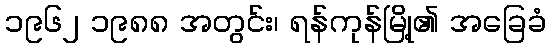
၁၉၆၂ ၁၉၈၈ အတွင်း၊ ရန်ကုန်မြို့၏ အခြေခံ